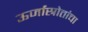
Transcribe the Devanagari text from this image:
ऊर्जास्रोतांचा